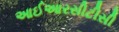
આઈઆરસીટીસી